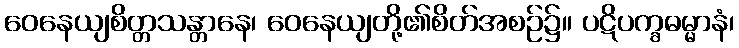
ဝေနေယျစိတ္တသန္တာနေ၊ ဝေနေယျတို့၏စိတ်အစဉ်၌။ ပဋိပက္ခဓမ္မာနံ၊